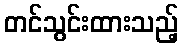
တင်သွင်းထားသည့်